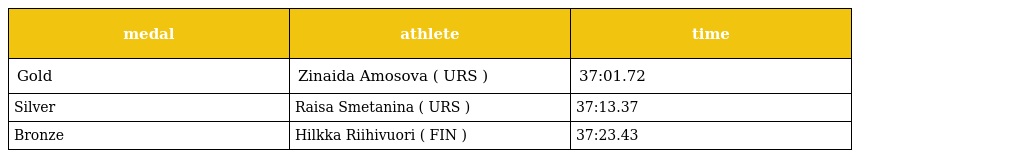
| medal | athlete | time |
 | --- | --- | --- |
 | Gold | Zinaida Amosova ( URS ) | 37:01.72 |
 | Silver | Raisa Smetanina ( URS ) | 37:13.37 |
 | Bronze | Hilkka Riihivuori ( FIN ) | 37:23.43 |